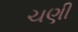
ચણી